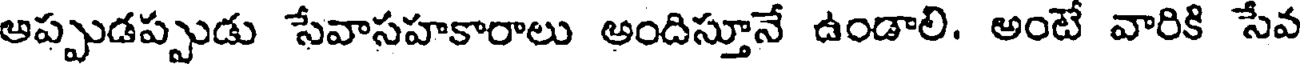
అప్పుడప్పుడు సేవాసహకారాలు అందిస్తూనే ఉండాలి. అంటే వారికి సేవ